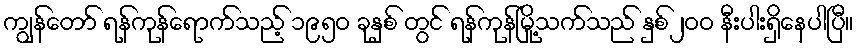
ကျွန်တော် ရန်ကုန်ရောက်သည့် ၁၉၅ဝ ခုနှစ် တွင် ရန်ကုန်မြို့သက်သည် နှစ်၂ဝဝ နီးပါးရှိနေပါပြီ။